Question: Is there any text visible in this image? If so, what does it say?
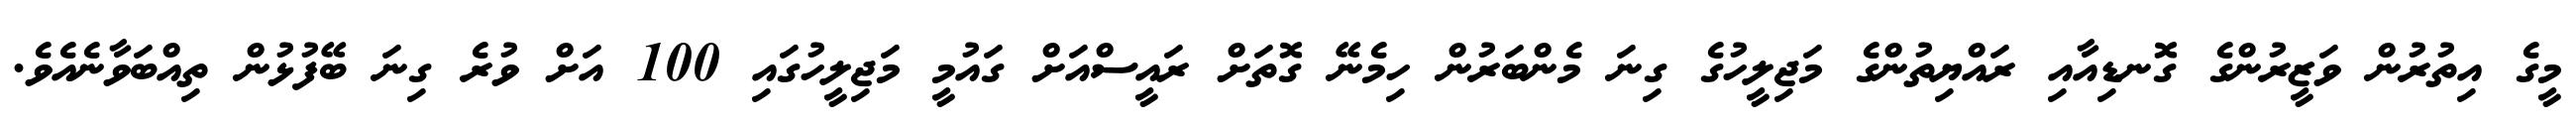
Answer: މީގެ އިތުރުން ވަޒީރުންގެ ގޮނޑިއާއި ރައްޔިތުންގެ މަޖިލީހުގެ ގިނަ މެންބަރުން ހިމެނޭ ގޮތަށް ރައީސްއަށް ގައުމީ މަޖިލީހުގައި 100 އަށް ވުރެ ގިނަ ބޭފުޅުން ތިއްބަވާނެއެވެ.